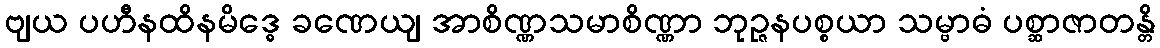
ဗျယ ပဟီနထိနမိဒ္ဓေ ခဏေယျ အာစိဏ္ဏသမာစိဏ္ဏာ ဘုဉ္ဇနပစ္စယာ သမ္ဗာဓံ ပစ္ဆာဇာတန္တိ